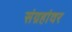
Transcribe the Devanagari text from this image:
संग्रहांवर